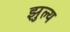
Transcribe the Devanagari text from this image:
झुल्य